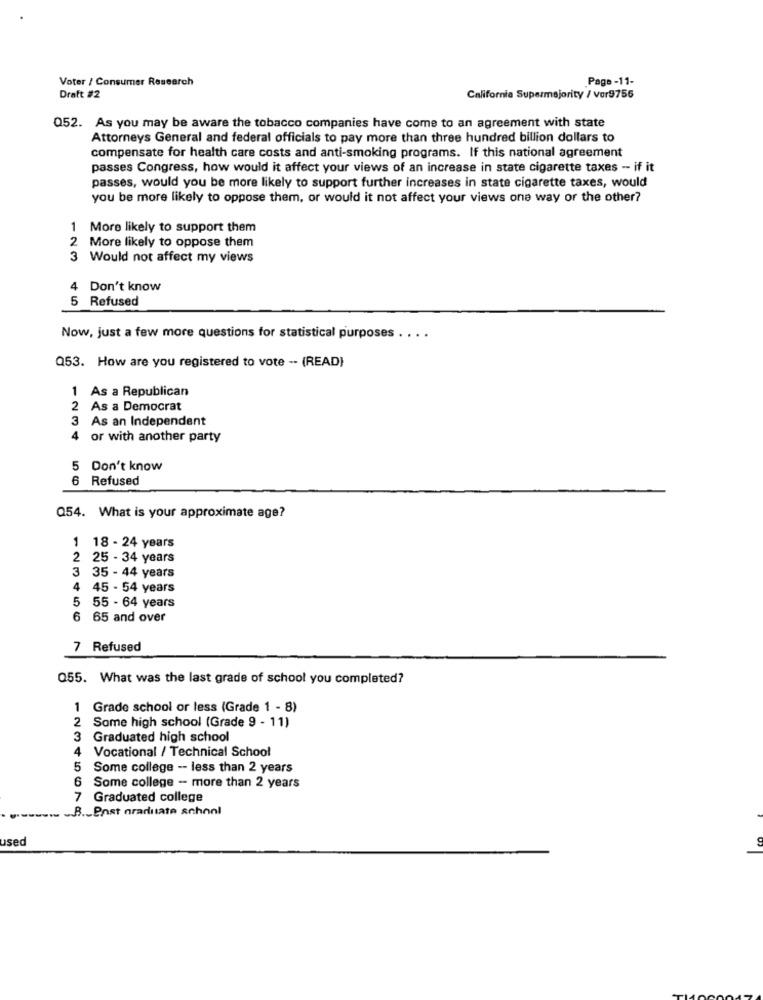
Voter / Consumer Research
Page -11-
Draft #2
California Supermajority / Vor9756
052. As you may be aware the tobacco companies have come to an agreement with state
Attorneys General and federal officials to pay more than three hundred billion dollars to
compensate for health care costs and anti-smoking programs. If this national agreement
passes Congress, how would it affect your views of an increase in state cigarette taxes - if it
passes, would you be more likely to support further increases in state cigarette taxes, would
you be more likely to oppose them, or would it not affect your views one way or the other?
1 More likely to support them
2
More likely to oppose them
Would not affect my views
Don't know
5 Refused
Now, just a few more questions for statistical purposes .
...
Q53. How are you registered to vote -- (READ)
1 As a Republican
2 As a Democrat
3 As an Independent
4
or with another party
5 Don't know
6 Refused
Q54. What is your approximate age?
1 18 - 24 years
2 25 - 34 years
3
35 - 44 years
4
45 - 54 years
5
55 - 64 years
6
65 and over
7 Refused
055. What was the last grade of school you completed?
Grade school or less (Grade 1 - 8)
2 Some high school (Grade 9 - 11)
3 Graduated high school
4 Vocational / Technical School
5
Some college -- less than 2 years
6
Some college - more than 2 years
7 Graduated college
B ._ enst nrarinate schonl
usec